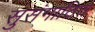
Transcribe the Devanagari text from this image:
सुसंगाठित